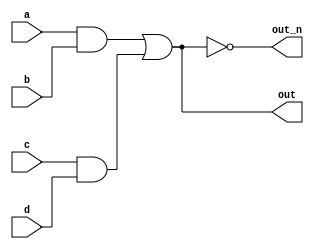
`default_nettype none
module top_module(
    input a,
    input b,
    input c,
    input d,
    output out,
    output out_n   ); 
    
    wire and_o1;
    wire and_o2;
    
    assign and_o1 = a & b;
    assign and_o2 = c & d;
    assign out = (and_o1 | and_o2);
    assign out_n = ~out; 

endmodule